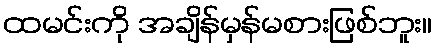
ထမင်းကို အချိန်မှန်မစားဖြစ်ဘူး။